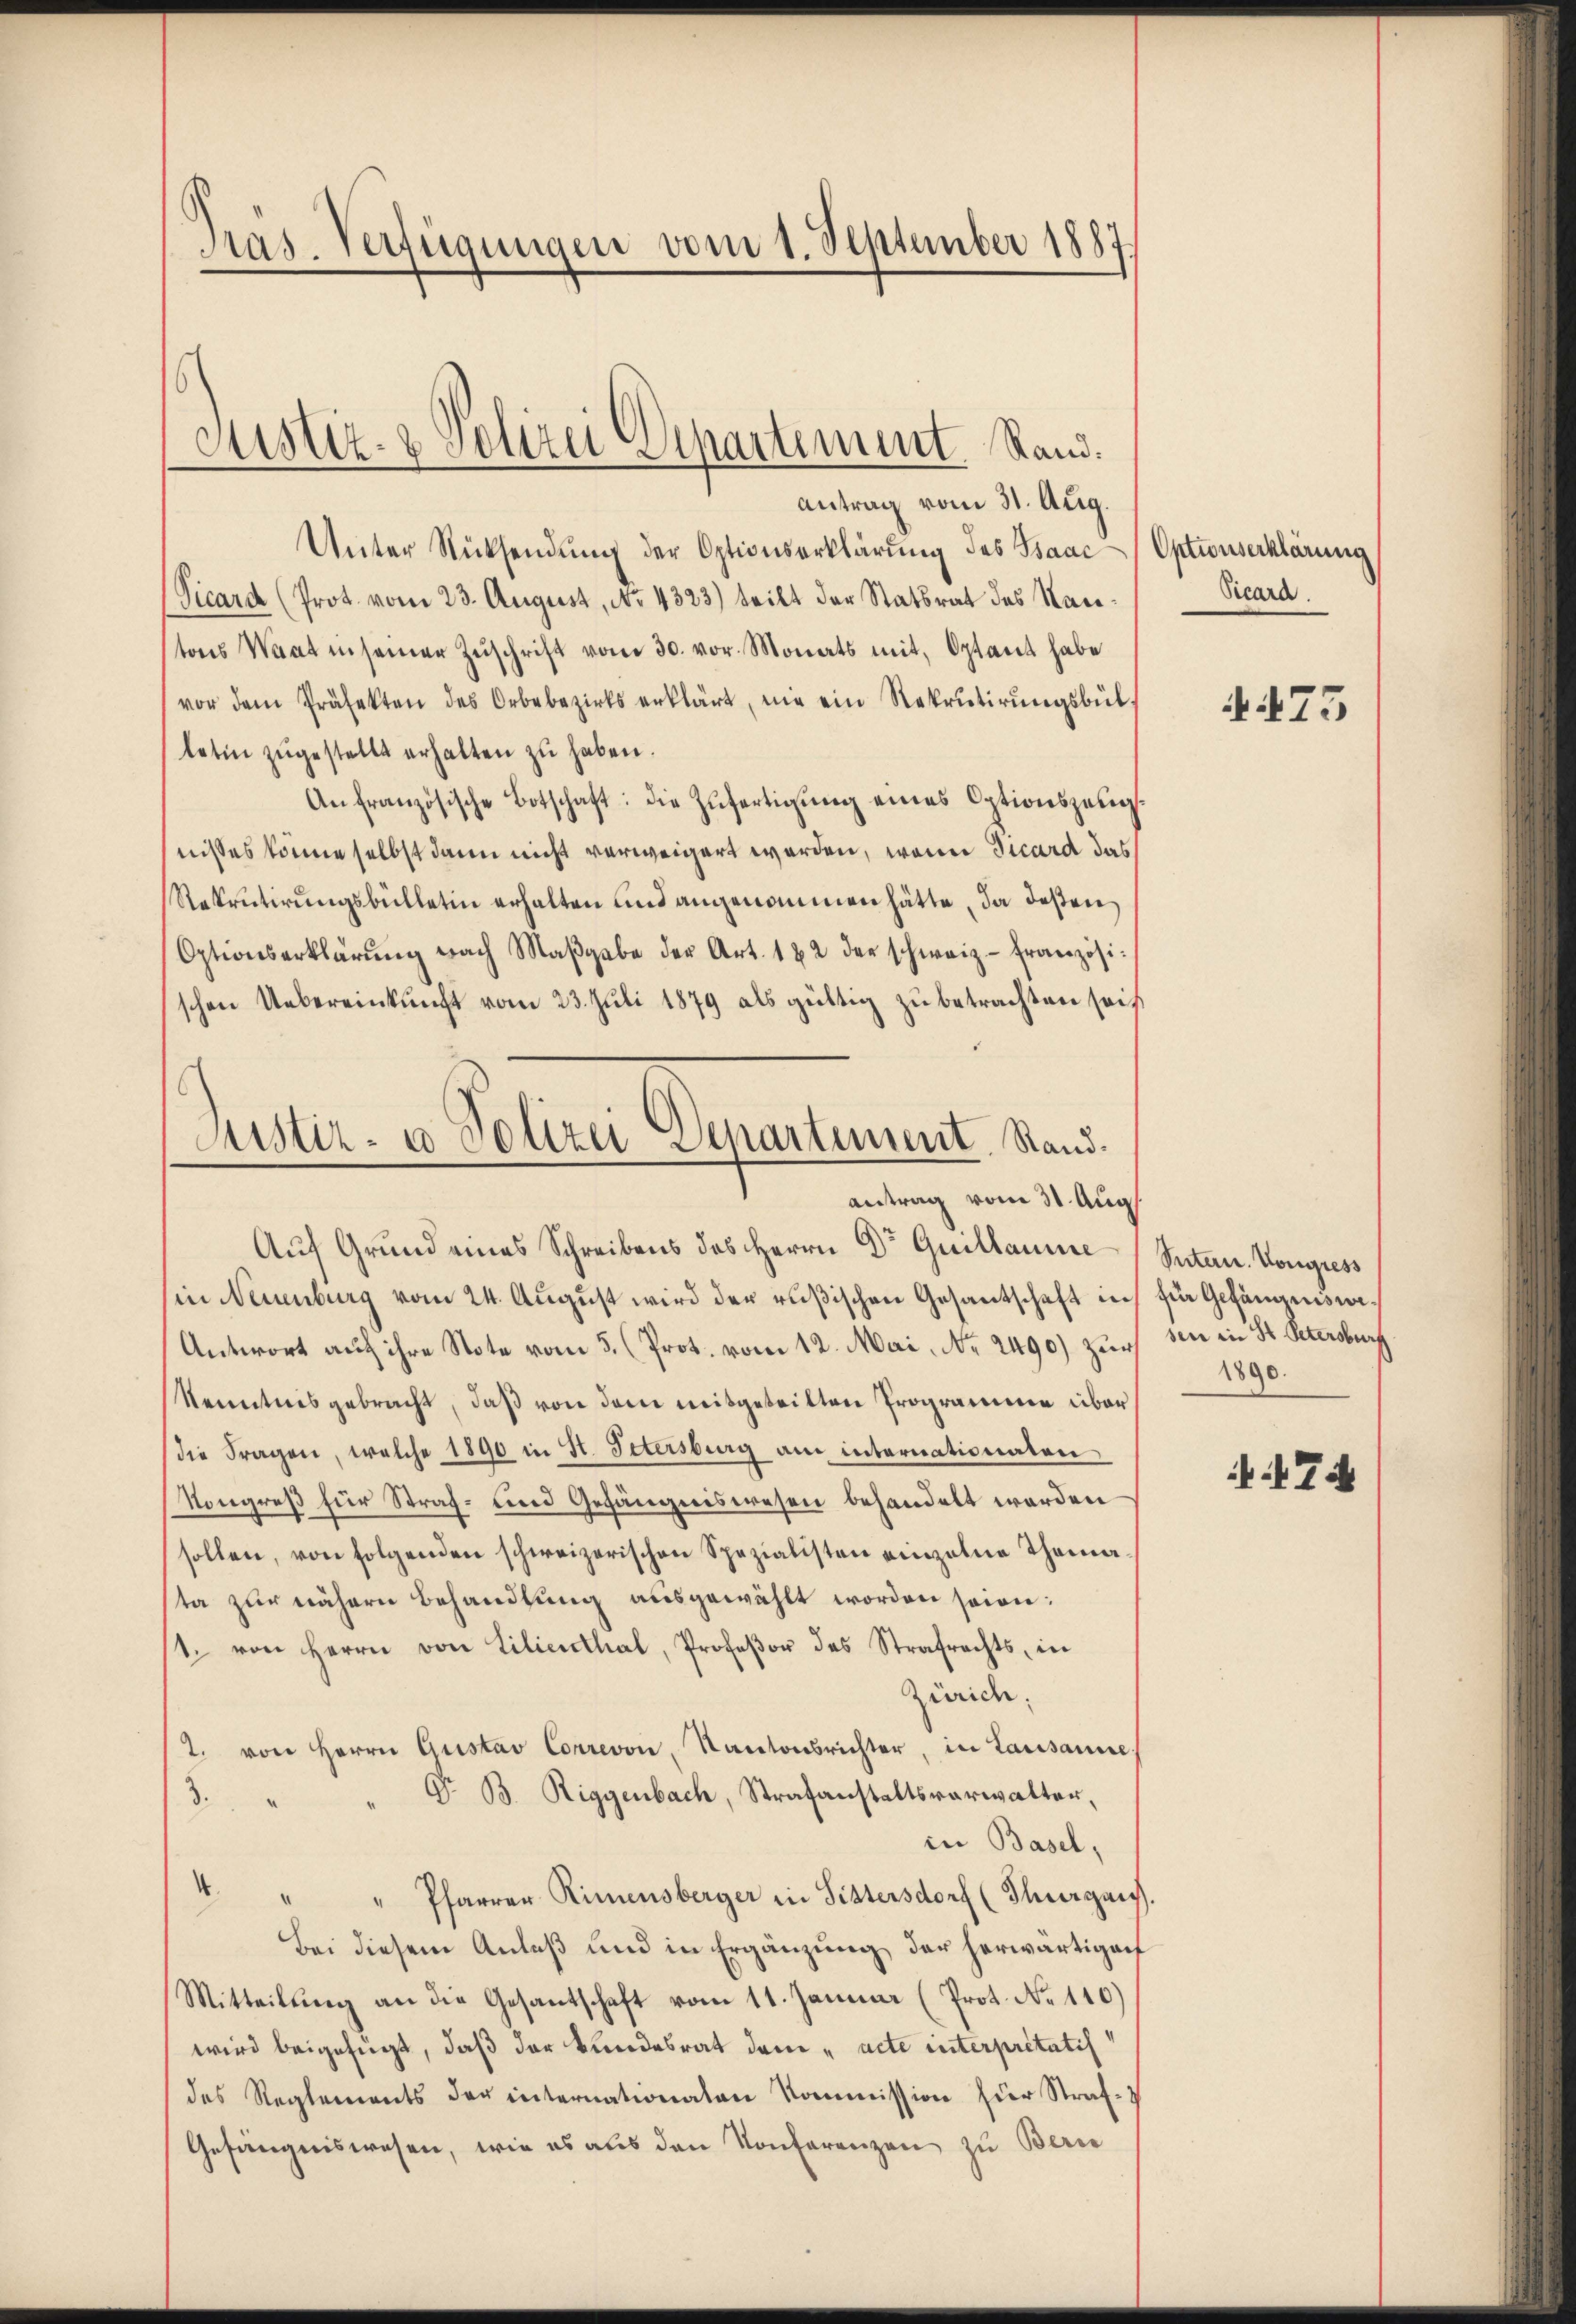
Pas-Verfügungen vom 1. September 1887.

Justiz- & Polizei Departement. Stand.

antrag vom 31. Aug.
Unter Rücksendung der Optionserklärung des Baac
Vicard (Prot. vom 23. August, No. 4323) teilt der Statsrat des Nac
tons Waat insamer Zŭschrift vom 30. vor. Monats mit Optant habe
vor dem Präfekten des Orbebezirks erklärt, nie ein Rekrutirungsbül
letin zŭgestellt erhalten zu haben.
Anfranzösische Botschaft: die Zŭfertigŭng eines Optionszeug
nisses könne selbst dann nicht verweigert worden, wenn Vicard das
Rekrutirungsbülletin erhalten und angenommen hätte, da deßen
Optionserklärŭng nach Maβgabe der Art. 182 der schweiz. Französischen Uebereinkunft vom 23. Juli 1879 als gültig zu betrachten sei
Auf Grund eines Schreibens des Herrn Dr Guillamme
in Neuenburg vom 24. August wird der rußischen Gesantschaft in
Antwort auf ihre Note vom 5. (Prot. vom 12. Mai, Nr. 2490) zur
Kenntnisgebracht, daß von dem mitgeteilten Programme über
die Fragen, welche 1890 in St. Petersburg am internationaten
Kongreß für Straf- und Gefängniswesen behandelt werden
sollen, von folgenden schweizerischen Spezialisten einzelne Thoma
ta zur nähern Behandlung ausgewählt worden seien:
1. von Herrn von Lilienthal, Profeßor des Strafrechts, in
Zürich.
2. von Herrn Gustav Correvon Kantonsrichter, in Lausanne
Dr. B. Riggenbach, Strafanstaltsverwalten,
3.
in Basel,
4 " " Pfarrer Rimensberger in Sittersdorf (Thurgau.
Bei diesem Anlaß und in Ergänzung der herwärtigenf
Mitteilung an die Gesantschaft vom 11. Januar (Prot. No 110)
wird beigefügt, daß der Bundesrat dem „acte interpritatis
des Reglements der internationalen Kommission der Straf-
Gefängniswesen, wie es aus den Konferenzen zu Bern

Justiz- u Soltzer Separtiment. Rand¬
Antrag vom 31. Aug.

Optionserklärung
Vicara.

475

Sutern. Kongress
für Gefängniswesen in St. Petersburf
1890.

7